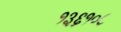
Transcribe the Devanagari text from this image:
१३६१०८